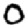
Digit: 0